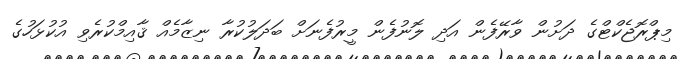
މިޕްރޮޖެކްޓްގެ ދަށުން ވާރޭފެން އަދި ލޮނުފެން މީރުފެނަށް ބަދަލުކުރާ ނިޒާމެއް ޤާއިމްކުރެވި އުކުޅަހުގެ